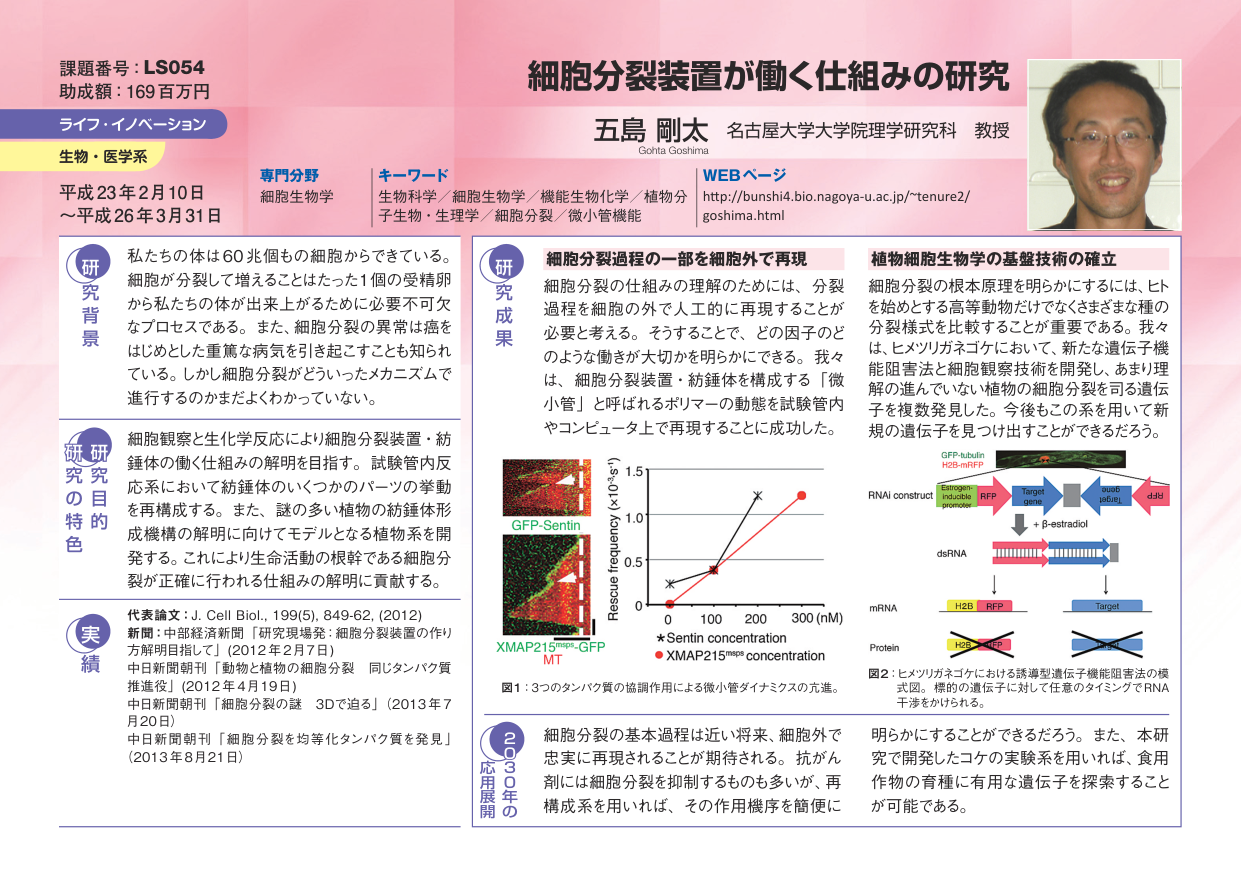
課題番号：LS054
助成額：169百万円
ライフ・イノベーション
生物・医療系
専門分野
細胞生物学
キーワード
生物科学／細胞生物学／機能生物化学／植物分子生物／生理学／細胞分裂／微小管機能
WEBページ
http://bunshi4.bio.nagoya-u.ac.jp/~tenure2/goshima.html

細胞分裂装置が働く仕組みの研究
五島 剛太 名古屋大学大学院理学研究科 教授
Goita Goshima

研究背景
私たちの体は60兆個もの細胞からできている。細胞が分裂して増えることはたった1個の受精卵から私たちの体が出来上がるためには必要不可欠なプロセスである。また、細胞分裂の異常は癌をはじめとした重篤な病気を引き起こすことも知られている。しかし細胞分裂がどういったメカニズムで進行するのかまだよくわかっていない。

研究目的・特色
細胞観察と生化学反応により細胞分裂装置・紡錘体の働く仕組みの解明を目指す。試験管内反応系において紡錘体のいくつかのパーツの挙動を再構成する。また、謎の多い植物の紡錘体形成機構の解明に向けてモデルとなる植物系を開発する。これにより生命活動の根幹である細胞分裂が正確に行われる仕組みの解明に貢献する。

実績
代表論文：J. Cell Biol., 199(5), 849-62, (2012)
新聞：中部経済新聞「研究現場発：細胞分裂装置の作り方解明目指して」(2012年2月7日)
中日新聞朝刊「動物と植物の細胞分裂 同じタンパク質推進役」(2012年4月19日)
中日新聞朝刊「細胞分裂の謎 3Dで迫る」(2013年7月20日)
中日新聞朝刊「細胞分裂を均等化タンパク質を発見」(2013年8月21日)

研究成果
細胞分裂過程の一部を細胞外で再現
細胞分裂の仕組みの理解のためには、分裂過程を細胞の外で人工的に再現することが必要と考える。そうすることで、どの因子のどのような働きが大切かを明らかにできる。我々は、細胞分裂装置・紡錘体を構成する「微小管」と呼ばれるポリマーの動態を試験管内やコンピュータ上で再現することに成功した。

植物細胞生物学の基盤技術の確立
細胞分裂の根本原理を明らかにするには、ヒトを始めとする高等動物だけでなくさまざまな種の分裂様式を比較することが重要である。我々は、ヒメツリガネコケにおいて、新たな遺伝子機能阻害法と細胞観察技術を開発し、あまり理解の進んでいない植物の細胞分裂を司る遺伝子を複数発見した。今後もこの系を用いて新規の遺伝子を見つけ出すことができるだろう。

図1：3つのタンパク質の協調作用による微小管ダイナミクスの亢進。
GFP-Sentin
XMAP215^mcp-GFP
MT
Rescue frequency (×10⁻⁶ s⁻¹)
0 100 200 300 (nM)
★Sentin concentration
●XMAP215^mcp concentration

図2：ヒメツリガネコケにおける誘導型遺伝子機能阻害法の模式図。標的の遺伝子に対して任意のタイミングでRNA干渉をかける。
RNAi construct
Elongation-inducible promoter
RFP
Target gene
quad (d)
dJd
+ β-estradiol
dsRNA
mRNA
H2B
GFP
Target
Protein
H2B
GFP
Target

応用展開（2030年の）
細胞分裂の基本過程は近い将来、細胞外で忠実に再現されることが期待される。抗がん剤には細胞分裂を抑制するものも多いが、再構成系を用いれば、その作用機序を簡便に明らかにすることができるだろう。また、本研究で開発したコケの実験系を用いれば、食用作物の育種に有用な遺伝子を探索することが可能である。